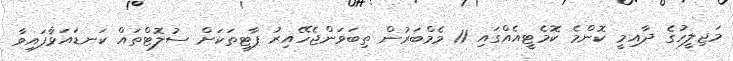
މަޖިލީހުގެ ދާއިމީ ކޮންމެ ކޮމެޓީއެއްގައި 11 މެމްބަރުން ތިބަވަންޖެހޭއިރު ޕާޓީތަކަށް ސުލޮޓްތައް ކަނޑައަޅާފައިވާ